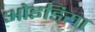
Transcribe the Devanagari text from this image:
ओइडिया